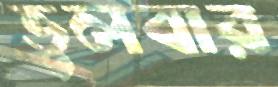
ভুলবার